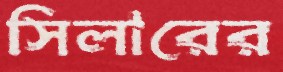
সিলারের